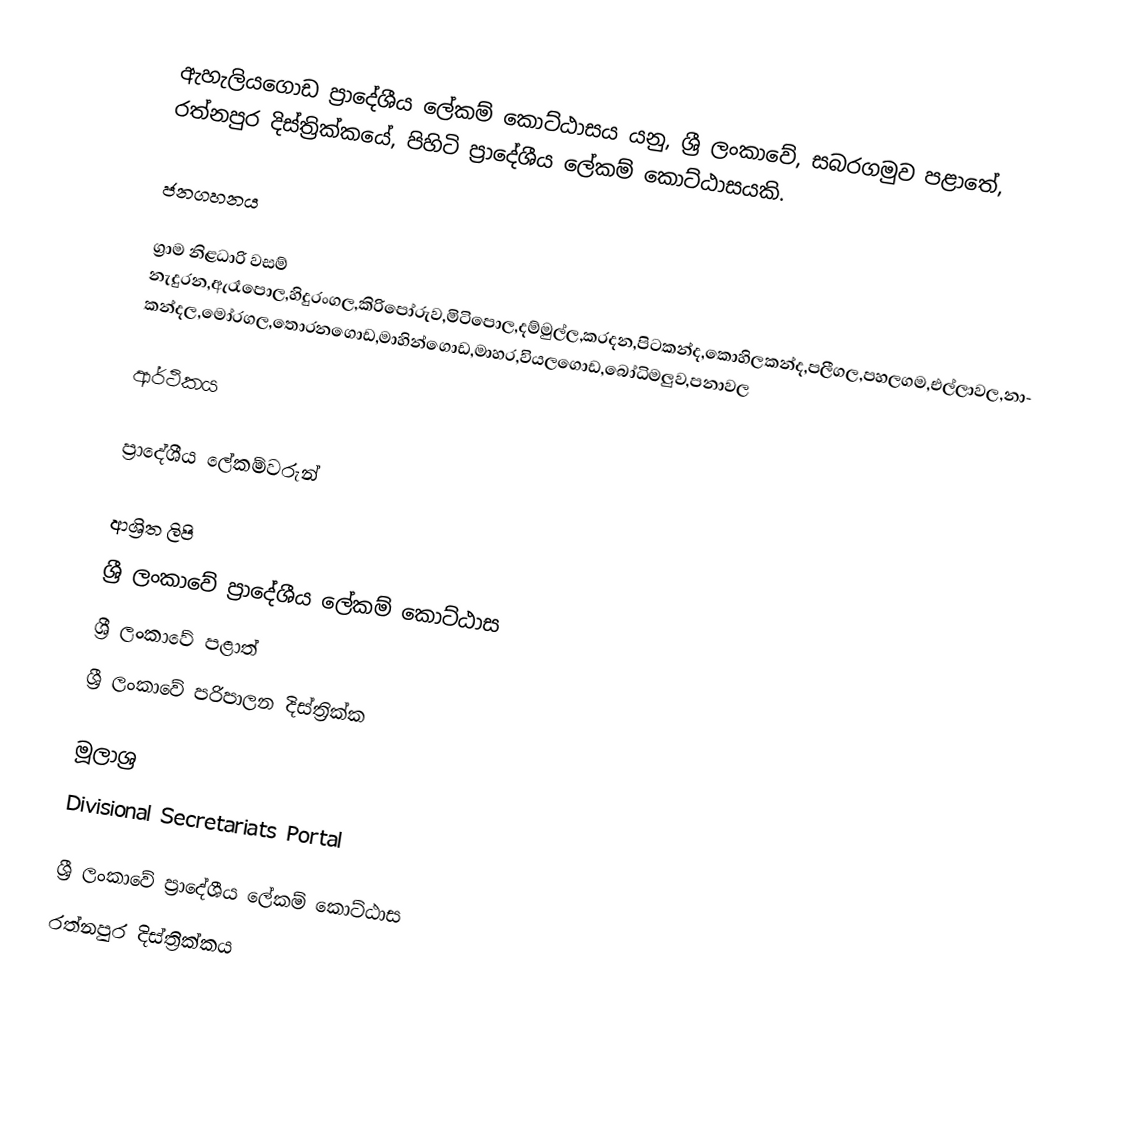
ඇහැලියගොඩ ප්‍රාදේශීය ලේකම් කොට්ඨාසය යනු,  ශ්‍රී ලංකාවේ, සබරගමුව පළාතේ,   රත්නපුර දිස්ත්‍රික්කයේ, පිහිටි ප්‍රාදේශීය ලේකම් කොට්ඨාසයකි.

ජනගහනය

ග්‍රාම නිළධාරි වසම්  නැදුරන,ඇරෑපොල,හිදුරංගල,කිරිපෝරුව,මිටිපොල,දම්මුල්ල,කරදන,පිටකන්ද,කොහිලකන්ද,පලීගල,පහලගම,එල්ලාවල,නාකන්දල,මෝරගල,තොරනගොඩ,මාහින්ගොඩ,මාහර,වියලගොඩ,බෝධිමලුව,පනාවල

ආර්ථිකය

ප්‍රාදේශීය ලේකම්වරුන්

ආශ්‍රිත ලිපි
ශ්‍රී ලංකාවේ ප්‍රාදේශීය ලේකම් කොට්ඨාස
ශ්‍රී ලංකාවේ පළාත්
ශ්‍රී ලංකාවේ පරිපාලන දිස්ත්‍රික්ක

මූලාශ්‍ර
 Divisional Secretariats Portal

ශ්‍රී ලංකාවේ ප්‍රාදේශීය ලේකම් කොට්ඨාස
රත්නපුර  දිස්ත්‍රික්කය